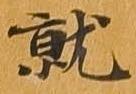
就